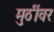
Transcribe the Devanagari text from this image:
मुठींवर